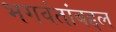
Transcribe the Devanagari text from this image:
भगवंतांबद्दल